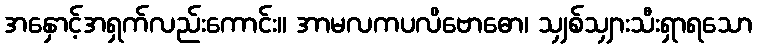
အနှောင့်အရှက်လည်းကောင်း။ အာမလကပလိဗောဓော၊ သျှစ်သျှားသီးရှာရသော